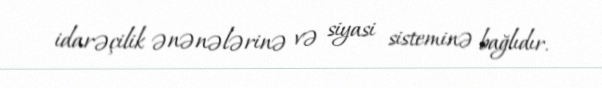
idarəçilik ənənələrinə və siyasi sisteminə bağlıdır.